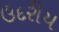
ઉદરીય